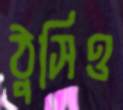
ঠুসিও